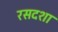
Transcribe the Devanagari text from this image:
रसदशा